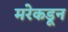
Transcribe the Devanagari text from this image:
मरेकडून